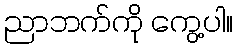
ညာဘက်ကို ကွေ့ပါ။